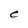
Character: e